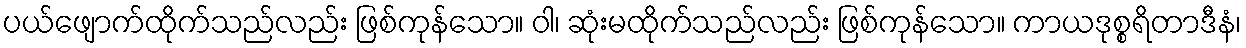
ပယ်ဖျောက်ထိုက်သည်လည်း ဖြစ်ကုန်သော။ ဝါ၊ ဆုံးမထိုက်သည်လည်း ဖြစ်ကုန်သော။ ကာယဒုစ္စရိတာဒီနံ၊